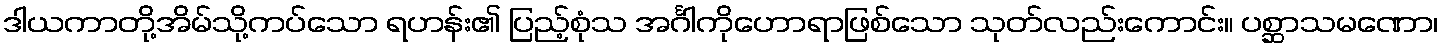
ဒါယကာတို့အိမ်သို့ကပ်သော ရဟန်း၏ ပြည့်စုံသ အင်္ဂါကိုဟောရာဖြစ်သော သုတ်လည်းကောင်း။ ပစ္ဆာသမဏော၊